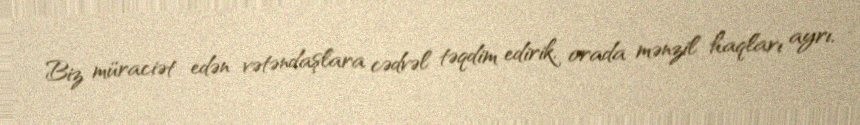
Biz müraciət edən vətəndaşlara cədvəl təqdim edirik, orada mənzil haqları ayrı,